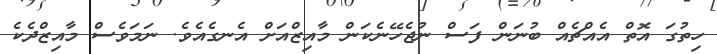
ހިތުގަ އޮތް އެއްޗެއް ބުނަން ފަސް ނުޖެހޭނެކަން މާއިޒްއަށް އެނގެއެވެ. ނަމަވެސް މާއިޒްދެކެ